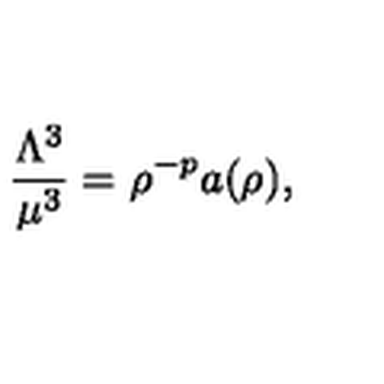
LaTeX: \frac { \Lambda ^ { 3 } } { \mu ^ { 3 } } = \rho ^ { - p } a ( \rho ) ,